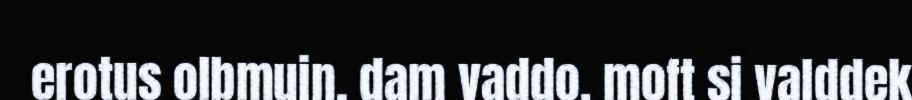
erotus olbmuin, dam vaddo. moft si valddek